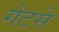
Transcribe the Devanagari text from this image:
गेटसे